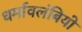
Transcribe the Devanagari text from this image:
धर्मावलंबियो